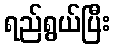
ရည်ရွယ်ပြီး